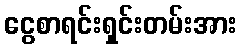
ငွေစာရင်းရှင်းတမ်းအား